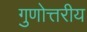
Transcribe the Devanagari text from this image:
गुणोत्तरीय